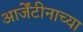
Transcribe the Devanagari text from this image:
आर्जेंटीनाच्या